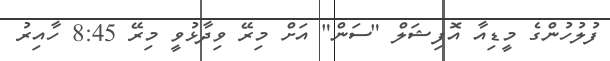
ފުލުހުންގެ މީޑިއާ އޮފިޝަލް "ސަން" އަށް މިރޭ ވިދާޅުވީ މިރޭ 8:45 ހާއިރު